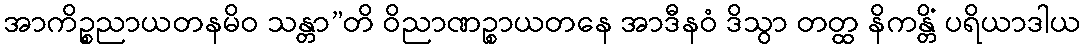
အာကိဉ္စညာယတနမိဝ သန္တာ”တိ ဝိညာဏဉ္စာယတနေ အာဒီနဝံ ဒိသွာ တတ္ထ နိကန္တိံ ပရိယာဒါယ